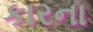
કારના